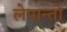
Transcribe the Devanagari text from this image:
लेपान्तो